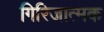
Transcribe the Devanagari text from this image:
गिरिजात्मक